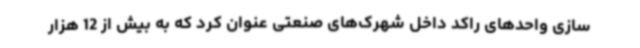
سازی واحدهای راکد داخل شهرک‌های صنعتی عنوان کرد که به بیش از 12 هزار